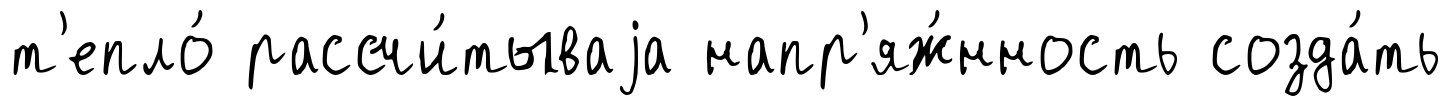
т'епло́ рассчи́тываjа напр'яж́нность созда́ть